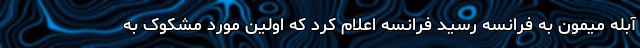
آبله میمون به فرانسه رسید فرانسه اعلام کرد که اولین مورد مشکوک به